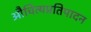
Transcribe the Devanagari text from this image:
औचित्यप्रतिपादन